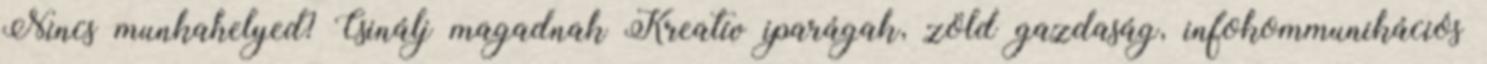
Nincs munkahelyed? Csinálj magadnak Kreatív iparágak, zöld gazdaság, infokommunikációs